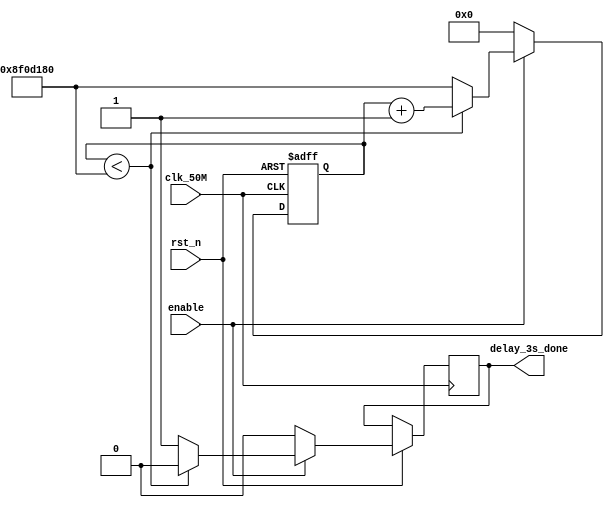
module delay_3s(
	output reg delay_3s_done,
	input clk_50M, rst_n, enable	
);
	reg [27:0] cnt;
	//assign delay_3s_done = (cnt == 3);
	always @(posedge clk_50M or negedge rst_n)
	begin
		if(!rst_n) cnt <= 28'd0;
		else if(enable) begin
			if(cnt < 28'd150000000) begin
				delay_3s_done <= 1'b0;
				cnt <= cnt + 28'd1;
				end
			else begin
				delay_3s_done <= 1'b1;
				cnt <= 28'd150000000;
			end
		end
		else begin
			delay_3s_done <= 1'b0;
			cnt <= 28'd0;
		end
	end
endmodule